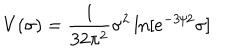
V ( \sigma ) = { \frac { 1 } { 3 2 \pi ^ { 2 } } } \sigma ^ { 2 } \ln [ e ^ { - 3 / 2 } \sigma ]